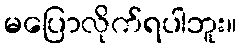
မပြောလိုက်ရပါဘူး။